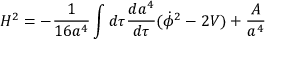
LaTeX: H ^ { 2 } = - \frac { 1 } { 1 6 a ^ { 4 } } \int d \tau \frac { d a ^ { 4 } } { d \tau } ( \dot { \phi } ^ { 2 } - 2 V ) + \frac { \cal A } { a ^ { 4 } }